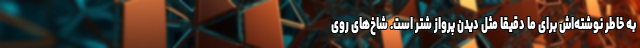
به خاطر نوشته‌اش برای ما دقیقا مثل دیدن پرواز شتر است. شاخ‌های روی